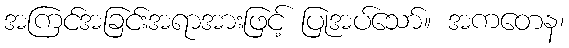
အကြင်အခြင်းအရာအားဖြင့် ပြုအပ်သော်။ အကတေန၊